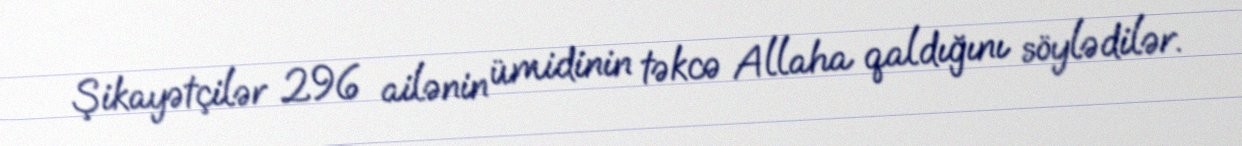
Şikayətçilər 296 ailənin ümidinin təkcə Allaha qaldığını söylədilər.